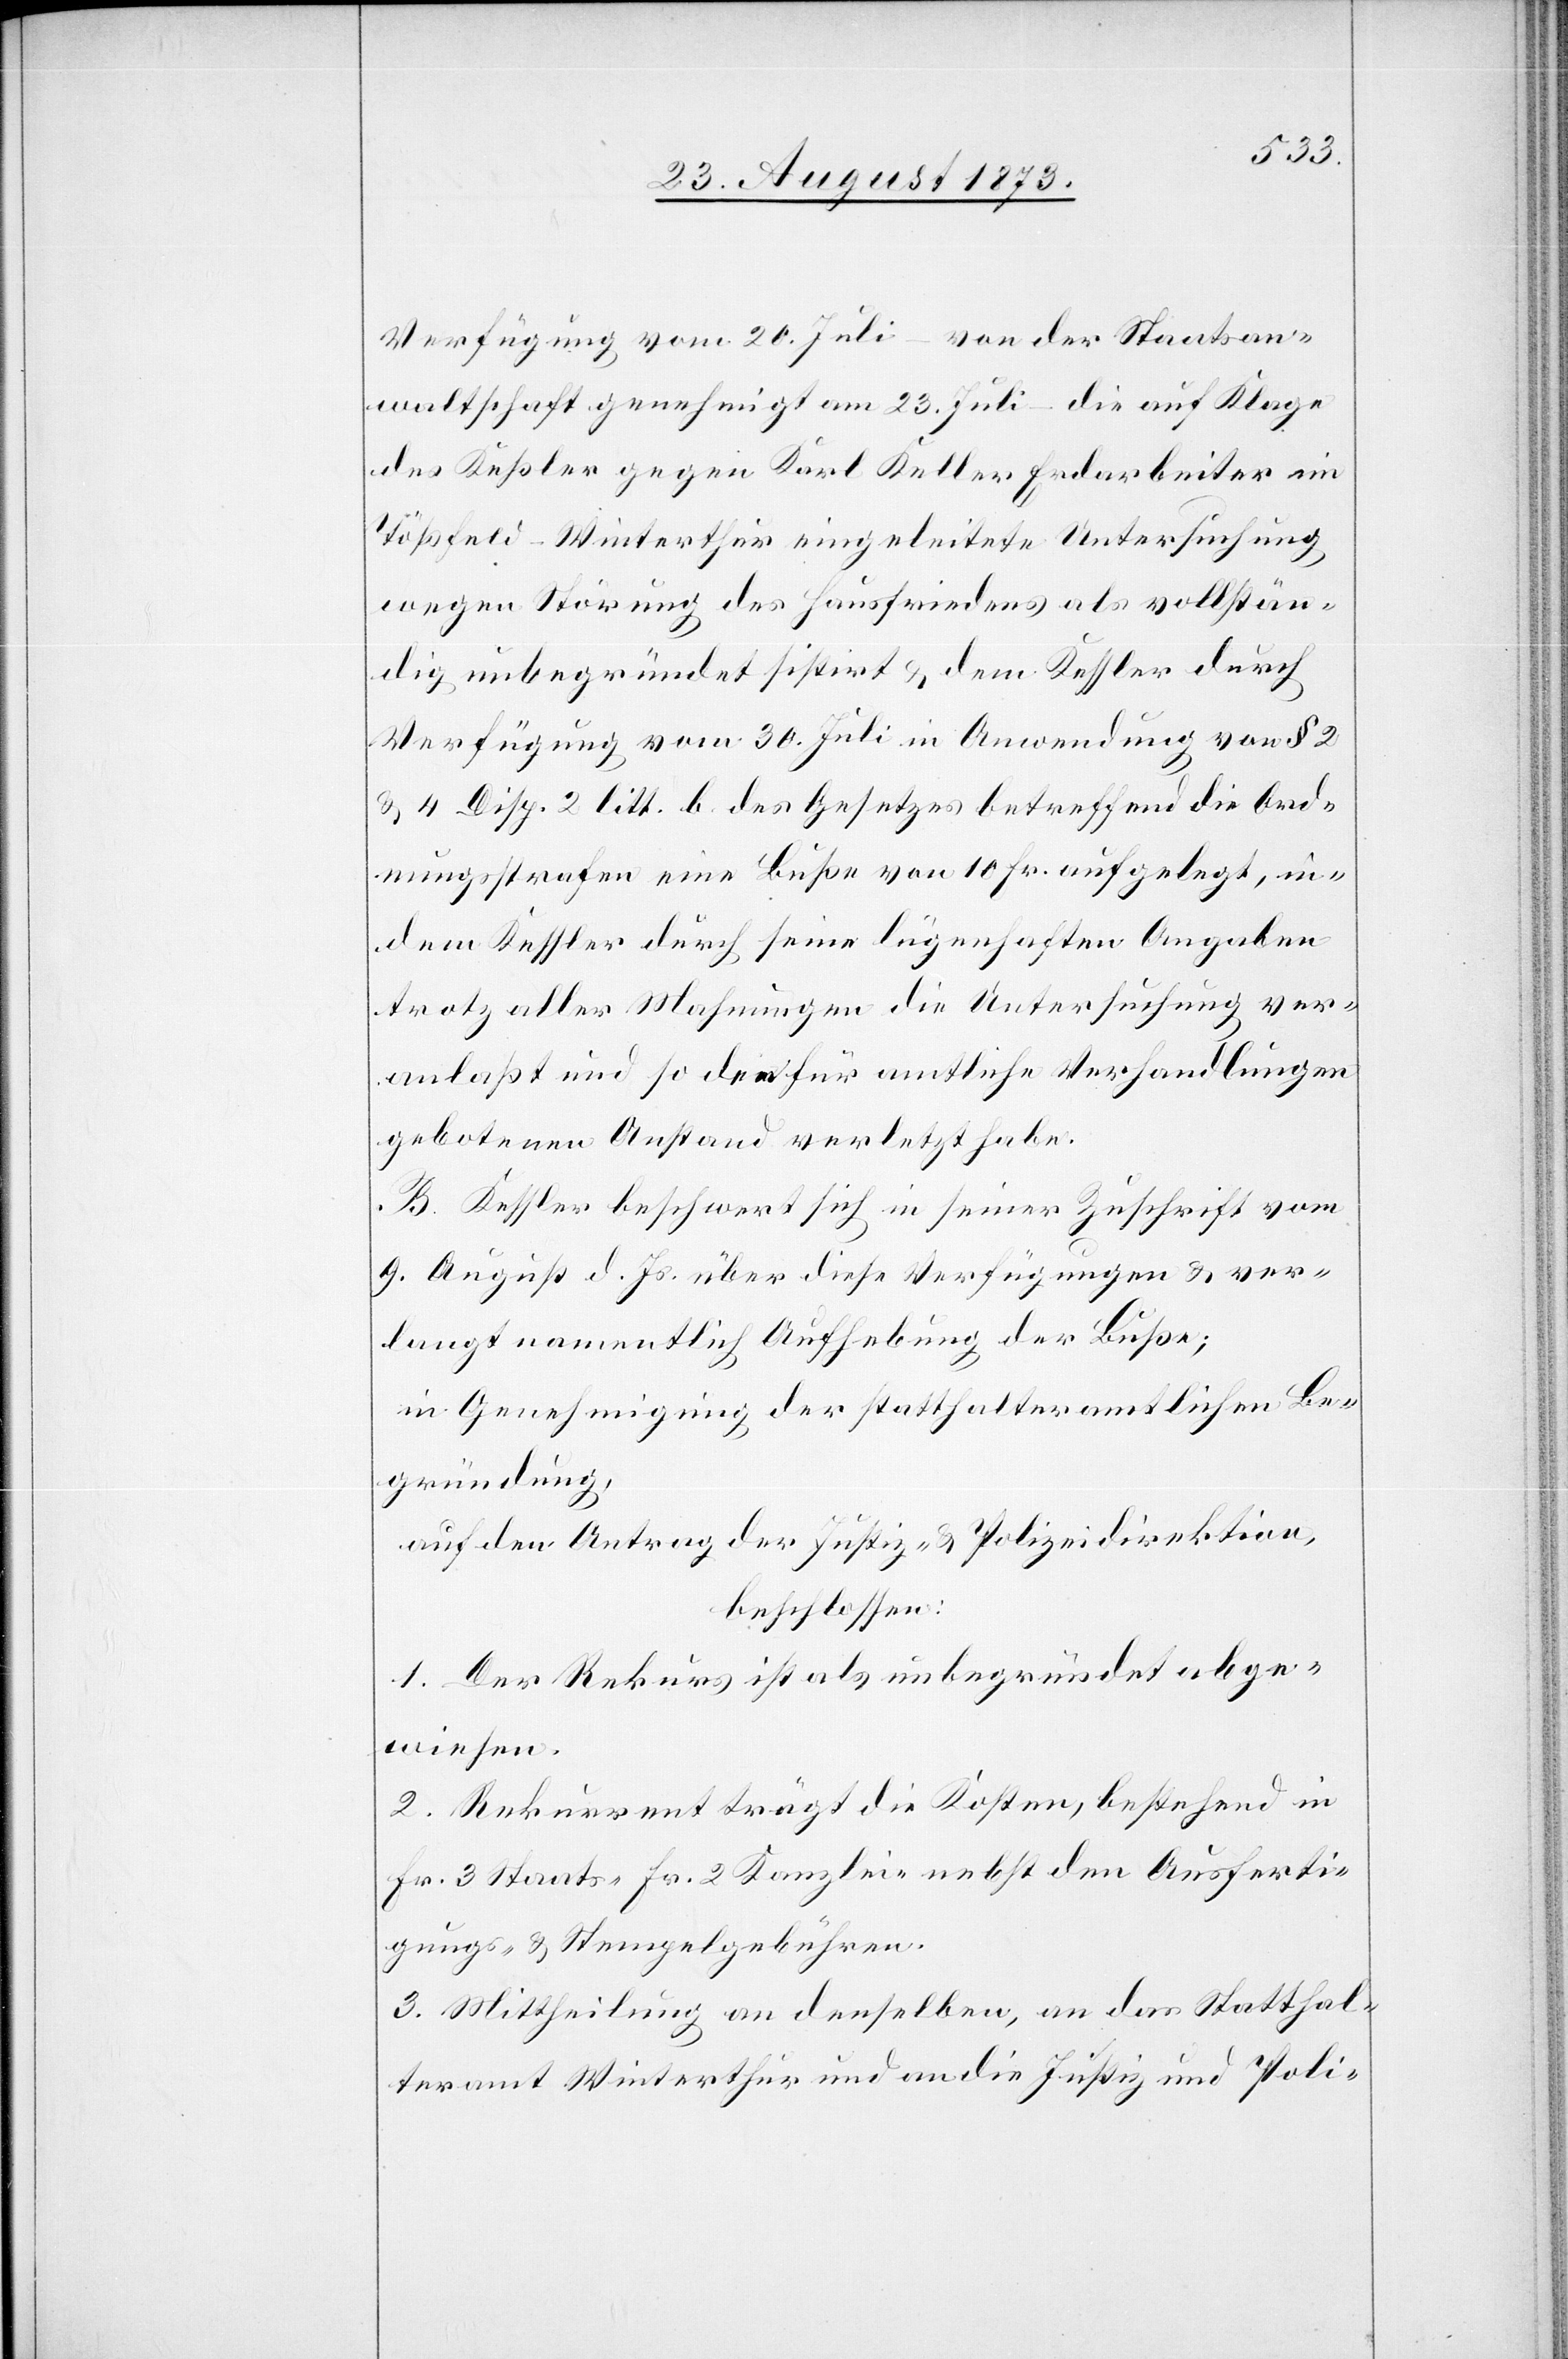
Verfügung vom 20. Juli – von der Staatsan¬
waltschaft genehmigt am 23. Juli – die auf Klage
des Keßler gegen Karl Keller Erdarbeiter im
Tößfeld-Winterthur eingeleitete Untersuchung
wegen Störung des Hausfriedens als vollstän¬
dig unbegründet sistirt & dem Kessler durch
Verfügung vom 30. Juli in Anwendung von § 2
& 4 Disp. 2 litt. b des Gesetzes betreffend die Ord¬
nungsstrafen eine Buße von 10 Fr. aufgelegt, in¬
dem Kessler durch seine lügenhaften Angaben
trotz aller Mahnungen die Untersuchung ver¬
anlaßt und so den für amtliche Verhandlungen
gebotenen Anstand verletzt habe.
B. Kessler beschwert sich in seiner Zuschrift vom
9. August d. Js. über diese Verfügungen & ver¬
langt namentlich Aufhebung der Buße;
in Genehmigung der statthalteramtlichen Be¬
gründung,
auf den Antrag der Justiz- & Polizeidirektion,
beschlossen:
1. Der Rekurs ist als unbegründet abge¬
wiesen.
2. Rekurrent trägt die Kosten, bestehend in
Fr. 3 Staats- Fr. 2 Kanzlei- nebst den Ausferti¬
gungs- & Stempelgebühren.
3. Mittheilung an denselben, an das Statthal¬
teramt Winterthur und an die Justiz- und Poli-